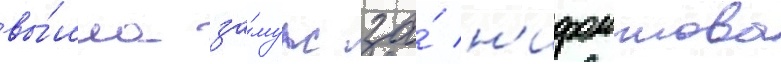
вы́шла за́муж за́ н'ифонтова